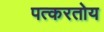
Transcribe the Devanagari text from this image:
पत्करतोय